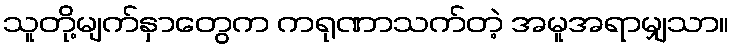
သူတို့မျက်နှာတွေက ကရုဏာသက်တဲ့ အမူအရာမျှသာ။